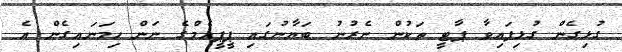
ގުޅިގެން ގުޅިފައިވާ ޕާޓީ ތަކުން ނެރުނު ބަޔާނުގައި ޕީޕީއެމްގެ ނަން ހިމަނައިގެން އެ